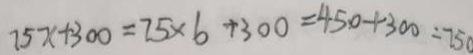
7 5 x + 3 0 0 = 7 5 \times 6 + 3 0 0 = 4 5 0 + 3 0 0 = 7 5 0